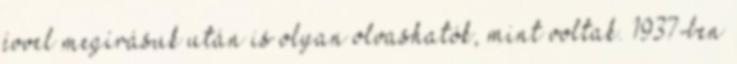
évvel megírásuk után is olyan olvashatók, mint voltak. 1937-ben